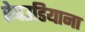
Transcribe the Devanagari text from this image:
रेबउडियाना